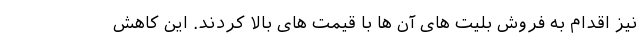
نیز اقدام به فروش بلیت های آن ها با قیمت های بالا کردند. این کاهش